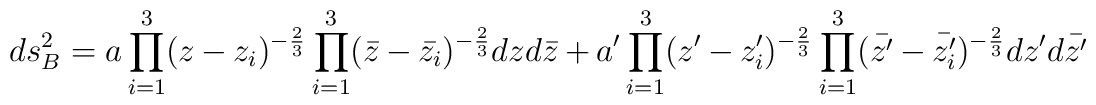
ds^2_B=a \prod_{i=1}^{3}(z-z_i)^{-\frac {2}{3}}\prod_{i=1}^{3}(\bar{z}-\bar{z_i})^{-\frac {2}{3}}dz d\bar{z}+a' \prod_{i=1}^{3}(z'-z'_i)^{-\frac {2}{3}}\prod_{i=1}^{3}(\bar{z'}-\bar{z'_i})^{-\frac {2}{3}} dz' d\bar{z'}